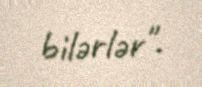
bilərlər".